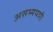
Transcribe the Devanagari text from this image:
असभ्यपणे